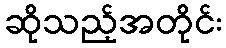
ဆိုသည့်အတိုင်း